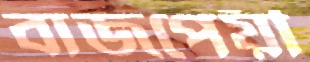
বাজপেয়ী